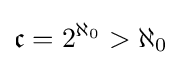
{\mathfrak {c}}=2^{\aleph _{0}}>\aleph _{0}